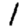
Digit: 1